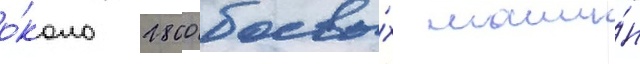
о́коло 2800 боевы́х маши́н